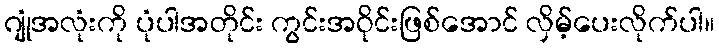
ဂျုံအလုံးကို ပုံပါအတိုင်း ကွင်းအဝိုင်းဖြစ်အောင် လှိမ့်ပေးလိုက်ပါ။